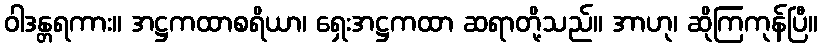
ဝါဒန္တရကား။ အဋ္ဌကထာစရိယာ၊ ရှေးအဋ္ဌကထာ ဆရာတို့သည်။ အာဟု၊ ဆိုကြကုန်ပြီ။